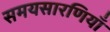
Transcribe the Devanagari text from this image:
समयसारणियाँ